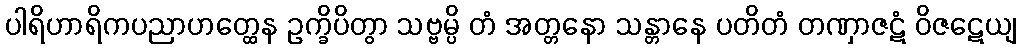
ပါရိဟာရိကပညာဟတ္ထေန ဥက္ခိပိတွာ သဗ္ဗမ္ပိ တံ အတ္တနော သန္တာနေ ပတိတံ တဏှာဇဋံ ဝိဇဋေယျ